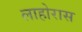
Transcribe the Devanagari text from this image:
लाहोरास